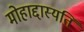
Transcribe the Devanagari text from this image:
मोहाद्दास्यति